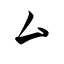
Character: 厶